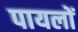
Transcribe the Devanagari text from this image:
पायलों